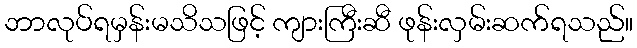
ဘာလုပ်ရမှန်းမသိသဖြင့် ကျားကြီးဆီ ဖုန်းလှမ်းဆက်ရသည်။